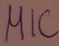
Text: MIC